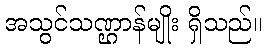
အသွင်သဏ္ဌာန်မျိုး ရှိသည်။